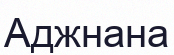
Аджнана